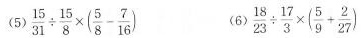
(5)$$\frac { 1 5 } { 3 1} \div \frac { 1 5 } { 8 } \times ( \frac { 5 } { 8 } - \frac { 7 } { 1 6 } )$$ (6)$$\frac { 1 8 } { 2 3 } \div \frac { 1 7 } { 3 } \times ( \frac { 5 } { 9 } + \frac { 2 } { 2 7 } )$$